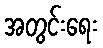
အတွင်းရေး